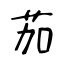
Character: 茄